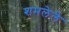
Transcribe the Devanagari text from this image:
शमलेले